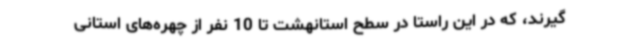
گیرند، که در این راستا در سطح استانهشت تا 10 نفر از چهره‌های استانی